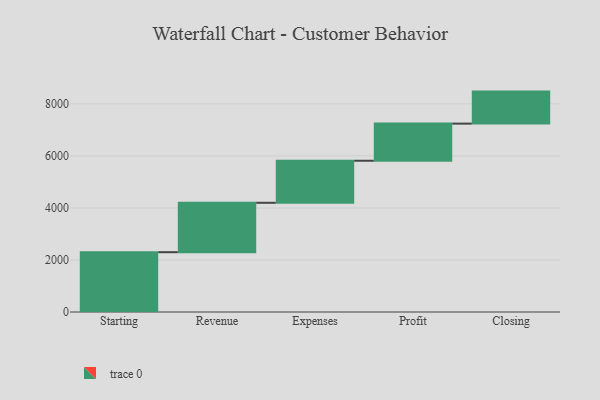
{"axis": {"x": "Step", "y": "Value"}, "legend": [""], "data": [{"x": "Starting", "y": 2299.0, "type": ""}, {"x": "Revenue", "y": 1899.0, "type": ""}, {"x": "Expenses", "y": 1616.0, "type": ""}, {"x": "Profit", "y": 1427.0, "type": ""}, {"x": "Closing", "y": 1231.0, "type": ""}]}